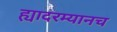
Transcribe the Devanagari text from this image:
ह्यादरम्यानच